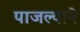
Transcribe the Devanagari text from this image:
पाजल्याने